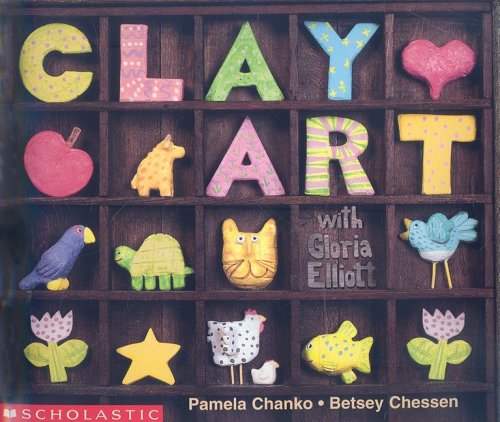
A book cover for Clay Art With Gloria Elliott (Emergent Reader) (Learning Center: Emergent Readers); Pamela Chanko; Crafts, Hobbies & Home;